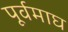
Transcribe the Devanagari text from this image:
पूर्वमाघ